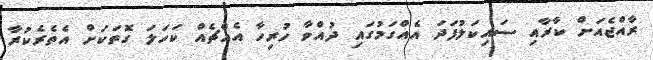
ރާއްޖެއަށް ކާރާއި ސައިކަލުފަދަ އެއްގަމުގައި ދުއްވާ ހުރިހާ އެއްޗެއް ކަހަލަ ގޮތަކަށް އެތެރެކުރާ